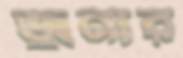
জুনার